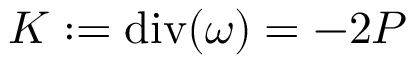
K : = \operatorname { d i v } ( \omega ) = - 2 P